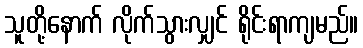
သူတို့နောက် လိုက်သွားလျှင် ရိုင်းရာကျမည်။